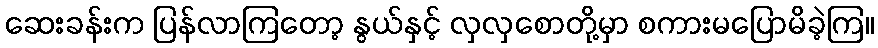
ဆေးခန်းက ပြန်လာကြတော့ နွယ်နှင့် လှလှစောတို့မှာ စကားမပြောမိခဲ့ကြ။